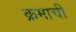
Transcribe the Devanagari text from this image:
क्रमाची